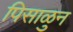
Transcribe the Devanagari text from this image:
पिसाळुन